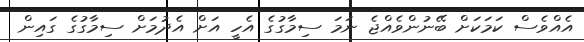
އެއްވެސް ކަމަކަށް ބޭނުންވެއްޖެ ނަމަ ސިމާގުގެ އެހީ އަށް އެދުމަށް ސިމާގުގެ ގައިން